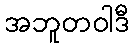
အဘူတဝါဒီ